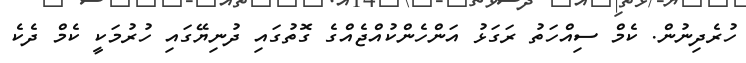
ހުރެދިނުން. ކެމް ސިއްހަތު ރަގަޅު އަންހެންކުއްޖެއްގެ ގޮތުގައި ދުނިޔޭގައި ހުރުމަކީ ކެމް ދެކެ